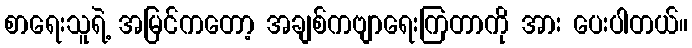
စာရေးသူရဲ့ အမြင်ကတော့ အချစ်ကဗျာရေးကြတာကို အား ပေးပါတယ်။